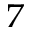
^ 7